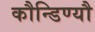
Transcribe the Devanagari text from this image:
कौन्डिण्यौ